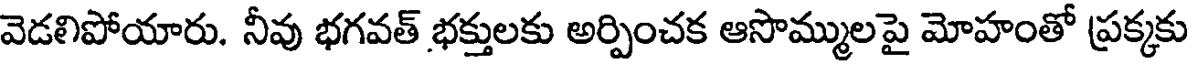
వెడలిపోయారు. నీవు భగవత్ భక్తులకు అర్పించక ఆసొమ్ములపై మోహంతో ప్రక్కకు